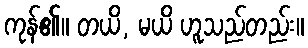
ကုန်၏။ တယိ, မယိ ဟူသည်တည်း။